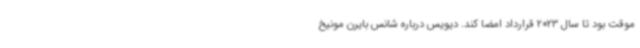
موقت بود تا سال 2023 قرارداد امضا کند. دیویس درباره شانس بایرن مونیخ